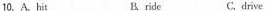
10. A. hit B. ride C. drive